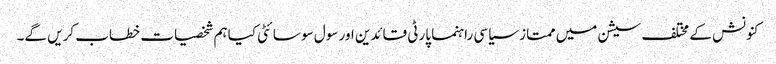
کنونش کے مختلف سیشن میں ممتاز سیاسی راہنما پارٹی قائدین اور سول سو سائٹی کیاہم شخصیات خطاب کریں گے۔